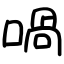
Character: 喎